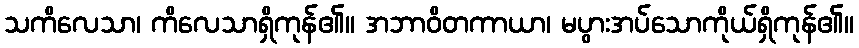
သကိလေသာ၊ ကိလေသာရှိကုန်၏။ အဘာဝိတကာယာ၊ မပွားအပ်သောကိုယ်ရှိကုန်၏။